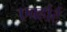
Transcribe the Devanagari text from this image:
एबर्हार्ट